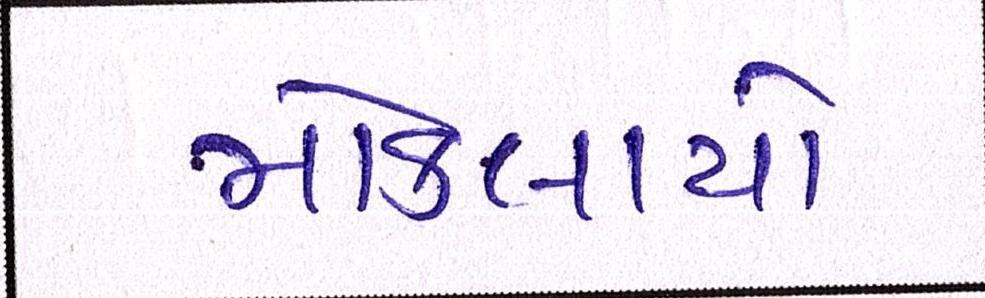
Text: મોકલાયો